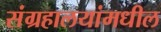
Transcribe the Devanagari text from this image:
संग्रहालयांमधील